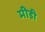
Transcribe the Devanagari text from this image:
मीडी